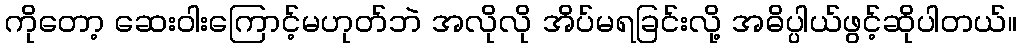
ကိုတော့ ဆေးဝါးကြောင့်မဟုတ်ဘဲ အလိုလို အိပ်မရခြင်းလို့ အဓိပ္ပါယ်ဖွင့်ဆိုပါတယ်။